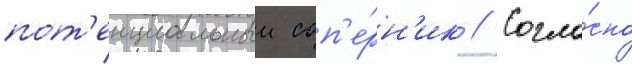
пот'енциальныи соп'е́рн'ик // Согла́сно